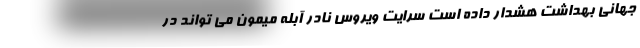
جهانی بهداشت هشدار داده است سرایت ویروس نادر آبله میمون می تواند در